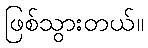
ဖြစ်သွားတယ်။